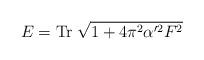
LaTeX: \begin{align*}E = {\rm Tr}\;\sqrt{1 + 4 \pi^2 \alpha'^2 F^2}\end{align*}